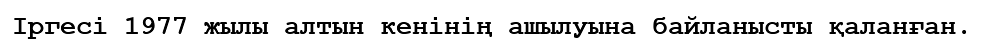
Іргесі 1977 жылы алтын кенінің ашылуына байланысты қаланған.